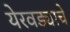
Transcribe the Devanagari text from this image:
येरवड्याचे